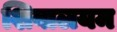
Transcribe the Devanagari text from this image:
शिवालयम